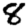
Digit: 8